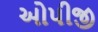
ઓપીજી